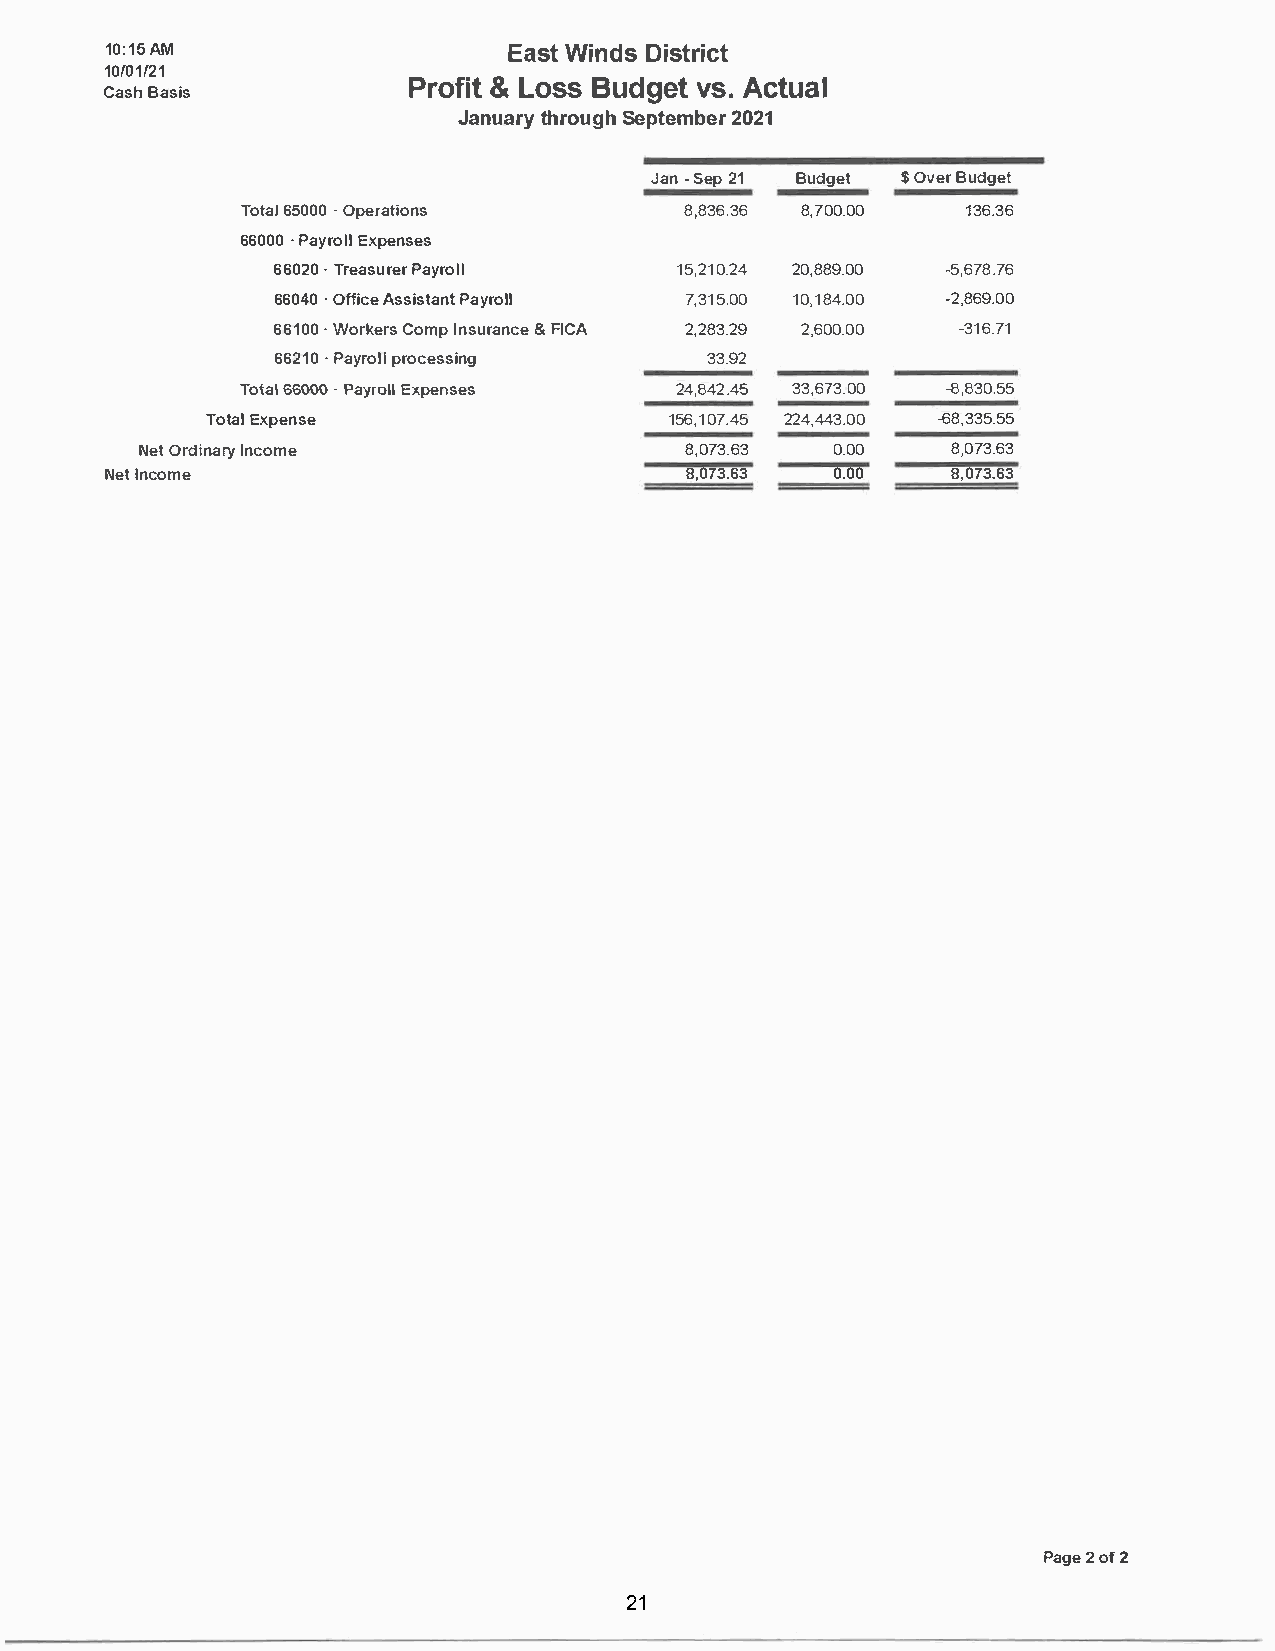
10:15AM                    EasWti ndDsi strict
 10/01/21
 Pro&fL  iots Bsu dgvestA. c tual
 CasBha sis
 Januatrhyr ouSgehp tem2b0e2r1
 Jan-S ep2 1 Budget $O veBru dget
 Tot6a5l0 0·O0 p erations     8,836.368 ,700.00  136.36
 6600·P0 a yrEoxlple nses
 6602•T0 r easuPraeyrr oll  15,210.2240 ,889.00 -5,678.76
 6604·O0 ff icAes sisPtaaynrto ll 7,315.0100 ,184.00 -2,869.00
 6610·W0 o rkeCrosm pI nsura&n FcIeC A 2,283.292 ,600.00 -316.71
 6621·P0 a yrporlolc essing   33.92
 Tot6a6l0 0·P0 a yroll Expenses 24,842.4353 ,673.00 -8,830.55
 TotEaxlp ense                 156,107.24254 ,443.00- 68,335.55
 NeOtr dinIanryc ome                 8,073.63  0.00    8,073.63
 NeItn come                            8,073.63  0.00    8,073.63
 Page2of2
 21